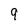
Character: 9